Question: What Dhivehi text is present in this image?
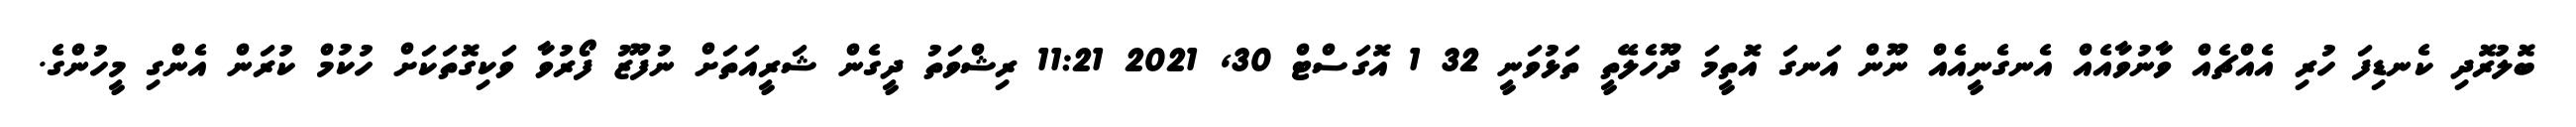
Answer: ބޮލުރޮދި ކެނޑިފަ ހުރި އެއްޗެއް ވާނުވާއެއް އެނގެނީއެއް ނޫން އަނގަ އޮތީމަ ދޫހެލޭތީ ތަޅުވަނީ 32 1 އޮގަސްޓް 30, 2021 11:21 ރިޝްވަތު ދީގެން ޝަރީއަތަށް ނުފޫޒު ފޯރުވާ ވަކިގޮތަކަށް ހުކުމް ކުރަން އެންގި މީހުންގެ.